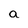
Character: a